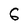
Character: 6